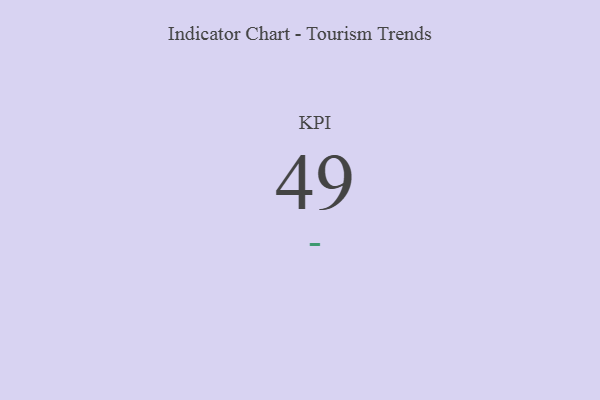
{"axis": {"x": "KPI", "y": "Value"}, "legend": [""], "data": [{"x": "KPI", "y": 49, "type": ""}]}